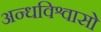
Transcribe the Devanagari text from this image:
अन्धविश्वासो